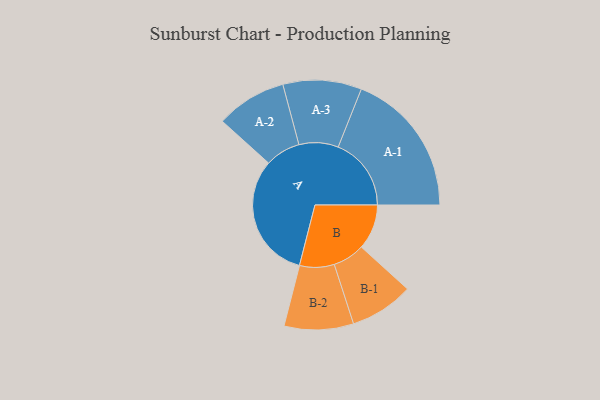
{"axis": {"x": "Segment", "y": "Value"}, "legend": ["", "A", "B"], "data": [{"x": "A", "y": 407, "type": ""}, {"x": "B", "y": 146, "type": ""}, {"x": "A-1", "y": 236, "type": "A"}, {"x": "A-2", "y": 114, "type": "A"}, {"x": "A-3", "y": 127, "type": "A"}, {"x": "B-1", "y": 103, "type": "B"}, {"x": "B-2", "y": 112, "type": "B"}]}